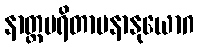
နာတ္တပရိတာပနာနုယောဂ